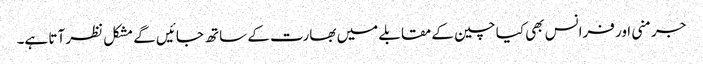
جرمنی اور فرانس بھی کیا چین کے مقابلے میں بھارت کے ساتھ جائیں گے مشکل نظر آتا ہے۔